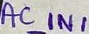
Text: AC_IN1